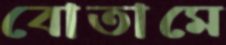
বোতামে